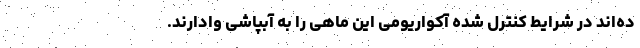
ده‌اند در شرایط کنترل شده آکواریومی این ماهی را به آبپاشی وادارند.